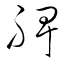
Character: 脾